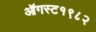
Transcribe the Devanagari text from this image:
ऑगस्ट१९८२